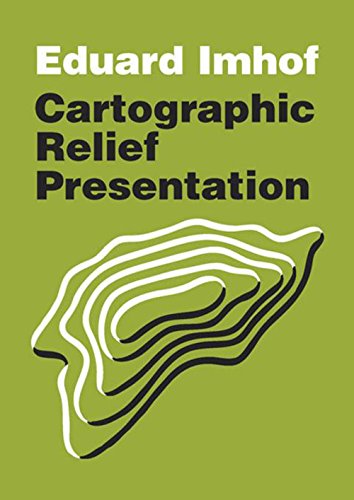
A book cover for Cartographic Relief Presentation; Eduard Imhof; Science & Math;